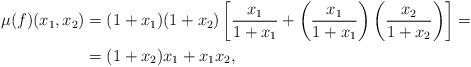
LaTeX: \begin{align*}\mu(f)(x_1,x_2) &= (1+x_1)(1+x_2)\left[ \frac{x_1}{1+x_1} + \left(\frac{x_1}{1+x_1}\right)\left(\frac{x_2}{1+x_2}\right) \right] = \\& = (1+x_2)x_1 + x_1x_2,\end{align*}